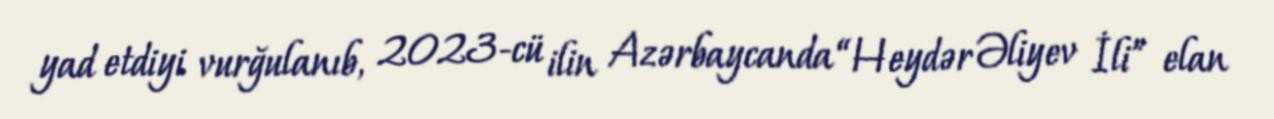
yad etdiyi vurğulanıb, 2023-cü ilin Azərbaycanda “Heydər Əliyev İli” elan